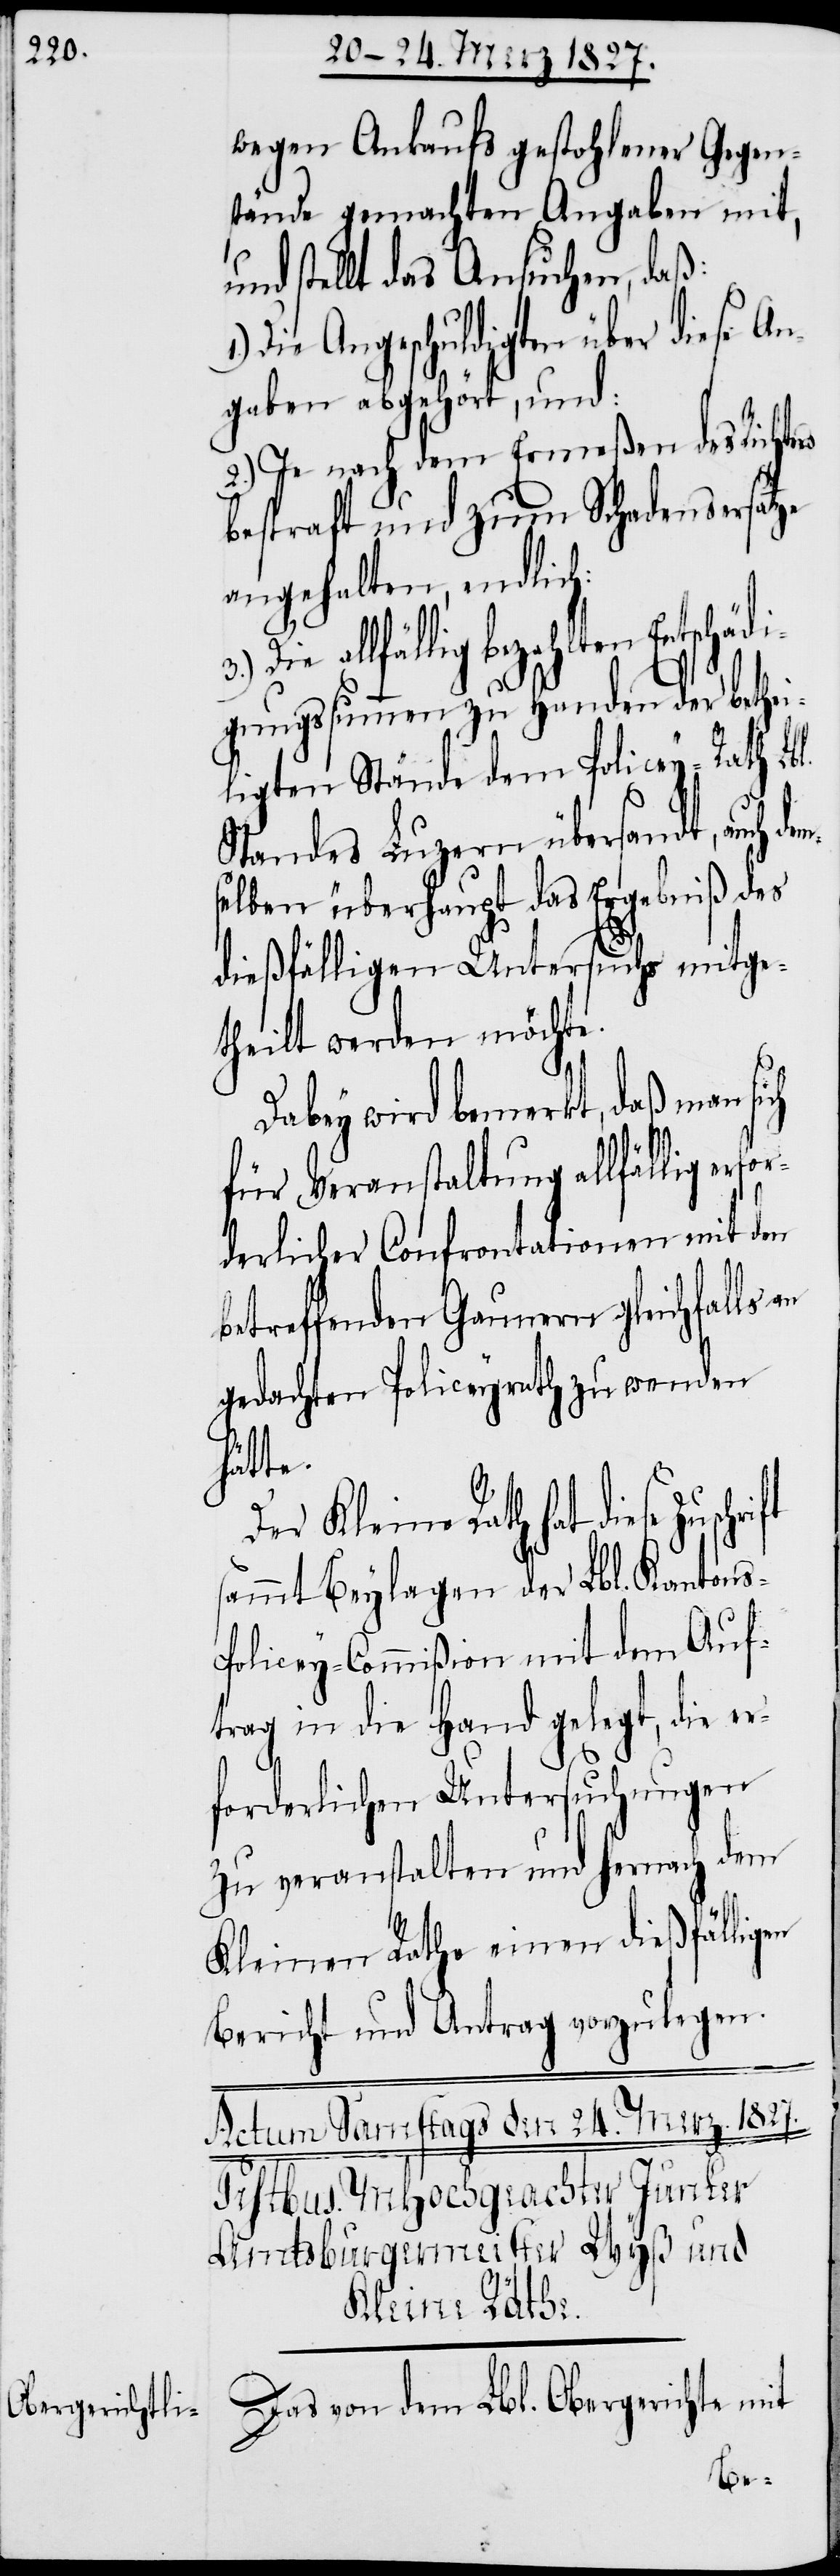
wegen Ankaufs gestohlener Gegen¬
stände gemachten Angaben mit,
stellt das Ansuchen, daß:
Die Angeschuldigten über diese An¬
gaben abgehört, und:
2.) Je nach dem Ermeßen des Rich¬
bestraft und zum Schadensersatze
angehalten, endlich:
zahlten Entschädi¬
gungssummen zu Handen der bethei¬
ligten Stände dem Policey-Rath
Standes Luzern übersandt, auch de¬
lben überhaupt das Ergebniß des
dießfälligen Untersuchs mitge¬
theilt werden möchte.
Dabey wird bemerkt, daß man sich
für Veranstaltung allfällig erfo¬
rderlicher Confrontationen mit den
betreffenden Gaunern gleichfalls an
gedachten Policeyrath zu wenden
hätte.
Der Kleine Rath hat diese
sammt Beylagen der Lbl. Kantons-P¬
olicey-Commißion mit dem Auf¬
trag in die Hand gelegt, die er¬
forderlichen Untersuchungen
zu veranstalten und hernach dem
Kleinen Rathe einen dießfälligen
Bericht und Antrag vorzulegen.
Das von dem Lbl. Obergerichte mit
mse¬